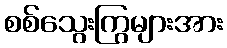
စစ်သွေးကြွများအား